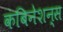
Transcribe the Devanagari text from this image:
कंबिनेशन्स